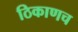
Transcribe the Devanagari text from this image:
ठिकाणच